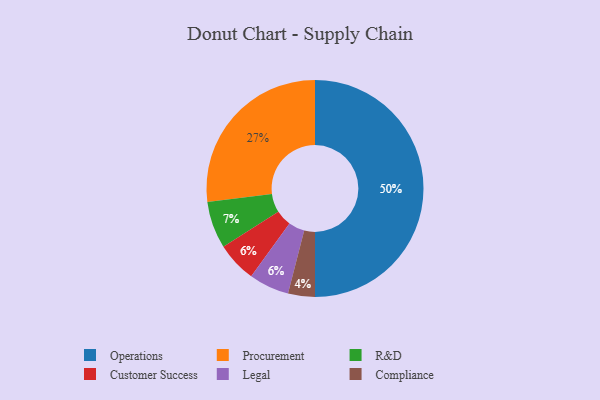
{"axis": {"x": "Category", "y": "Percentage"}, "legend": ["Compliance", "Customer Success", "Legal", "Operations", "Procurement", "R&D"], "data": [{"x": "Customer Success", "y": 6, "type": "Customer Success"}, {"x": "Compliance", "y": 4, "type": "Compliance"}, {"x": "Operations", "y": 50, "type": "Operations"}, {"x": "R&D", "y": 7, "type": "R&D"}, {"x": "Legal", "y": 6, "type": "Legal"}, {"x": "Procurement", "y": 27, "type": "Procurement"}]}